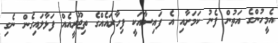
އެމީހުންގެ އަތުން ފެނު ކަމަށާއި އެ ފައިސާއަކީ ފިހާރައެއްގެ ތިޖޫރީއެއް ފަޅާލައިގެން ނެގި